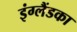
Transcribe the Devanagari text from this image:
इंग्लैंडका